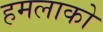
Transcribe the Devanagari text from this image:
हमलाको